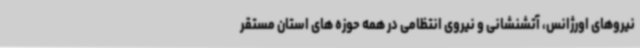
نیروهای اورژانس، آتشنشانی و نیروی انتظامی در همه حوزه های استان مستقر